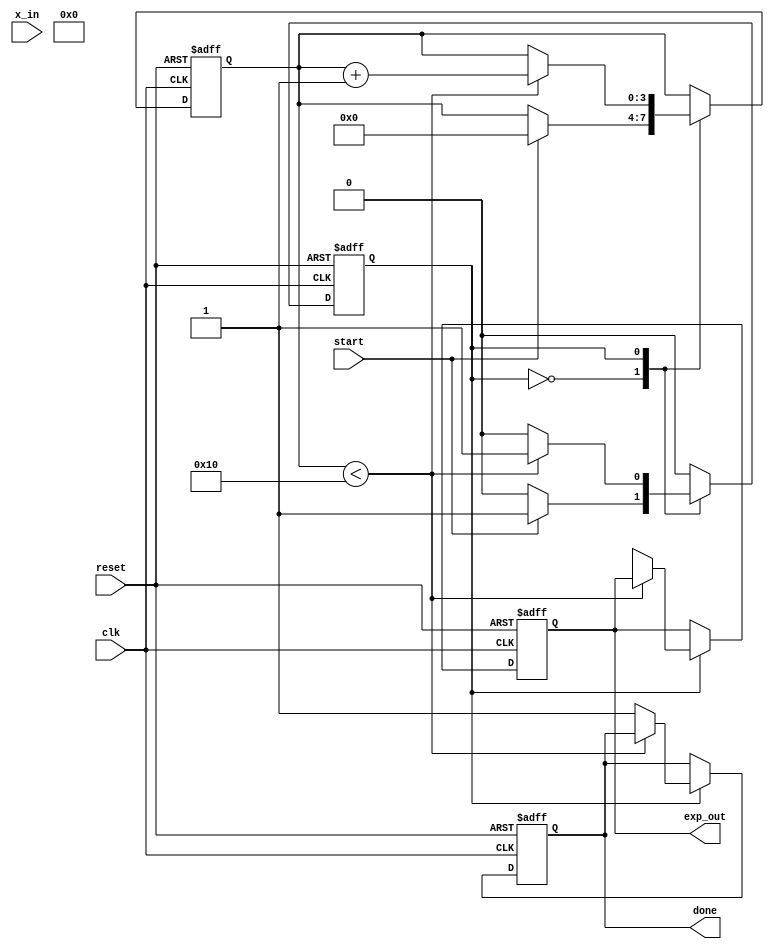
module cordic_exponential (
    input wire clk,
    input wire reset,
    input wire start,
    input wire signed [15:0] x_in, // Input exponent value (fixed-point format)
    output reg signed [31:0] exp_out, // Computed exponential value (fixed-point)
    output reg done
);

    // Parameters
    parameter ITERATIONS = 16; // Number of CORDIC iterations
    parameter ANGLE_WIDTH = 16; // Width of angle representation
    parameter SCALING_FACTOR = 16'hB3D6; // Precomputed scaling factor (fixed-point)

    // Rotation angles for CORDIC (in fixed-point format)
    reg signed [ANGLE_WIDTH-1:0] angle_table [0:ITERATIONS-1];
    initial begin
        angle_table[0] = 16'h3F99; // atan(2^-0)
        angle_table[1] = 16'h3F32; // atan(2^-1)
        angle_table[2] = 16'h3F15; // atan(2^-2)
        angle_table[3] = 16'h3EEC; // atan(2^-3)
        angle_table[4] = 16'h3E8B; // atan(2^-4)
        angle_table[5] = 16'h3E1D; // atan(2^-5)
        angle_table[6] = 16'h3D9F; // atan(2^-6)
        angle_table[7] = 16'h3D3A; // atan(2^-7)
        angle_table[8] = 16'h3CC6; // atan(2^-8)
        angle_table[9] = 16'h3C47; // atan(2^-9)
        angle_table[10] = 16'h3BC4; // atan(2^-10)
        angle_table[11] = 16'h3B3E; // atan(2^-11)
        angle_table[12] = 16'h3AB7; // atan(2^-12)
        angle_table[13] = 16'h3A2A; // atan(2^-13)
        angle_table[14] = 16'h392C; // atan(2^-14)
        angle_table[15] = 16'h38C1; // atan(2^-15)
    end

    // Internal registers
    reg signed [31:0] x[0:ITERATIONS-1]; // x values
    reg signed [31:0] y[0:ITERATIONS-1]; // y values
    reg [3:0] iter; // Iteration counter
    reg state; // State variable

    // State machine to control the CORDIC iterations
    always @(posedge clk or posedge reset) begin
        if (reset) begin
            exp_out <= 0;
            done <= 0;
            iter <= 0;
            state <= 0;
        end else begin
            case (state)
                0: begin // Idle state
                    if (start) begin
                        // Initialize variables
                        x[0] <= SCALING_FACTOR; // Initial x value
                        y[0] <= 0; // Initial y value
                        iter <= 0;
                        state <= 1; // Move to first iteration
                    end
                end
                1: begin // Iteration state
                    if (iter < ITERATIONS) begin
                        // CORDIC rotation
                        if (x[iter] < 0) begin
                            // Perform rotation in the positive direction
                            x[iter + 1] <= x[iter] + (y[iter] >>> iter);
                            y[iter + 1] <= y[iter] - (x[iter] >>> iter);
                        end else begin
                            // Perform rotation in the negative direction
                            x[iter + 1] <= x[iter] - (y[iter] >>> iter);
                            y[iter + 1] <= y[iter] + (x[iter] >>> iter);
                        end
                        // Increment iteration counter
                        iter <= iter + 1;
                    end else begin
                        // Final output calculation
                        exp_out <= x[ITERATIONS] >>> 16; // Adjust scaling
                        done <= 1;
                        state <= 0; // Return to idle
                    end
                end
            endcase
        end
    end
endmodule